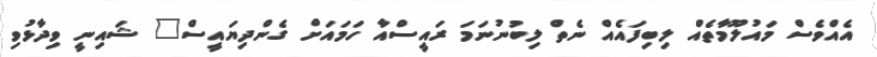
އެއްވެސް މައުލޫމާތެއް ލިބިފައެއް ނެތް ލިބުނުނަމަ ރައީސްއާ ހަަމައަށް ގެންދިޔައީސް" ޝައިނީ ވިދާޅުވި